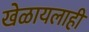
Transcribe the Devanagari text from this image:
खेळायलाही